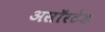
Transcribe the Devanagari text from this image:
असॉरटेड